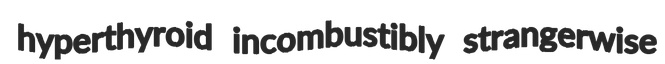
hyperthyroid incombustibly strangerwise